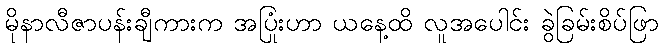
မိုနာလီဇာပန်းချီကားက အပြုံးဟာ ယနေ့ထိ လူအပေါင်း ခွဲခြမ်းစိပ်ဖြာ